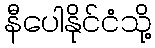
နီပေါနိုင်ငံသို့